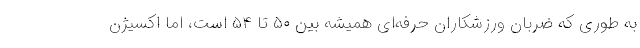
به طوری که ضربان ورزشکاران حرفه‌ای همیشه بین ۵۰ تا ۵۴ است، اما اکسیژن